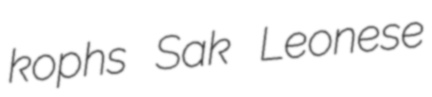
kophs Sak Leonese